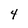
Character: 4